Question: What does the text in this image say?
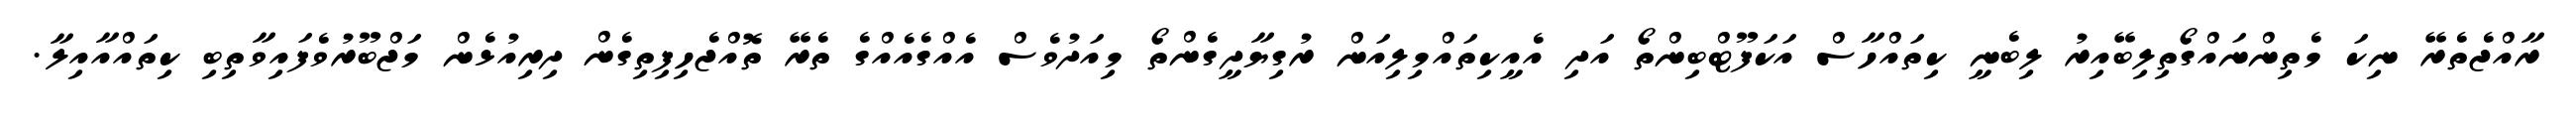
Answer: ރާއްޖެތެރޭ ނިކަ މެތިންނައްގޯތިލިބޭއިރު ލިބެނީ ކިތައްހާސް އަކަފޫޓްބިންތޯ އަދި އެއީކިތައްމިލިއަން ރުގިޔާދީގެންތޯ މިއަދުވެސް އެއްގެއެއްގެ ތެރޭ ތޮއްޖެހިފިތިގެން ދިރިއުޅެން މަޖްބޫރުވެފައިވާތިބި ކިތައްއާއިލާ.